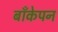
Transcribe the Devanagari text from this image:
बाँकेपन